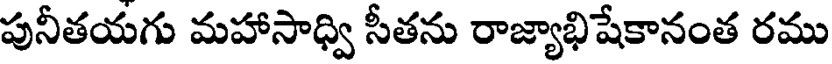
పునీతయగు మహాసాధ్వి సీతను రాజ్యాభిషేకానంత రము